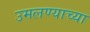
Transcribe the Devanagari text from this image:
उमलण्याच्या